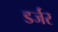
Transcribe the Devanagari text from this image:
डर्जर